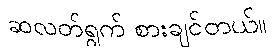
ဆလတ်ရွက် စားချင်တယ်။